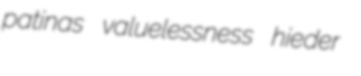
patinas valuelessness hieder